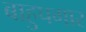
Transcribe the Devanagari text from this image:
बाहुपगार